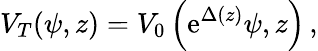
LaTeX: V_{T}(\psi,z)=V_{0}\left(\mathrm{e}^{\Delta(z)}\psi,z\right)\, ,